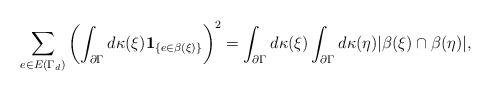
LaTeX: \begin{align*} \sum_{e\in E(\Gamma_{d})}\left(\int_{\partial\Gamma}d\kappa(\xi){\bf 1}_{\{e\in\beta(\xi)\}}\right)^2 =\int_{\partial\Gamma}d\kappa(\xi)\int_{\partial\Gamma}d\kappa(\eta)|\beta(\xi)\cap\beta(\eta)|, \end{align*}